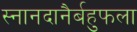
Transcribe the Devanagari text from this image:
स्नानदानैर्बहुफला